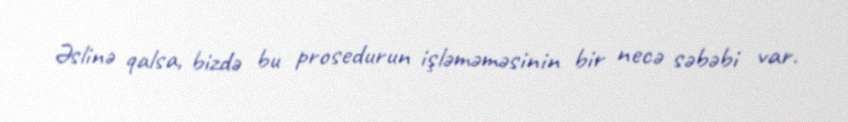
Əslinə qalsa, bizdə bu prosedurun işləməməsinin bir necə səbəbi var.